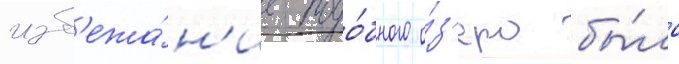
изб'ежа́н'ие подо́бного о́з'еро бы́ло